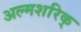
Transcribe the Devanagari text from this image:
अल्मशरिक्